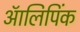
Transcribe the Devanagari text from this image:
ऑलिपिंक